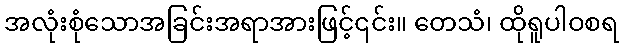
အလုံးစုံသောအခြင်းအရာအားဖြင့်၎င်း။ တေသံ၊ ထိုရူပါဝစရ